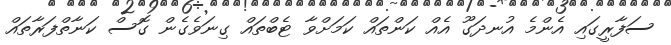
ސަފާރީގައި އެންމެ އުނދަގޫ އެއް ކަންތައް ކަމަށްވާ ޓެބްތައް ގިނަވެގެން ގޮސް ކަނާތްފަރާތައް